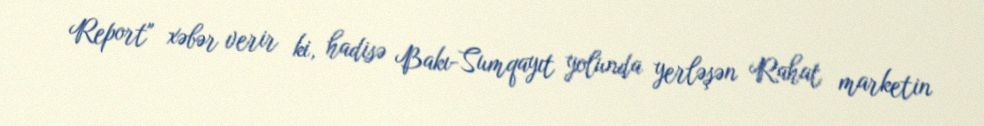
Report" xəbər verir ki, hadisə Bakı-Sumqayıt yolunda yerləşən Rahat marketin